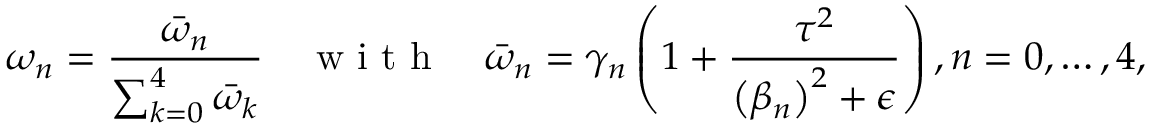
\omega _ { n } = \frac { \bar { \omega } _ { n } } { \sum _ { k = 0 } ^ { 4 } \bar { \omega } _ { k } } \quad \mathrm { ~ w ~ i ~ t ~ h ~ } \quad \bar { \omega } _ { n } = \gamma _ { n } \left( 1 + \frac { \tau ^ { 2 } } { \left( \beta _ { n } \right) ^ { 2 } + \epsilon } \right) , n = 0 , \dots , 4 ,